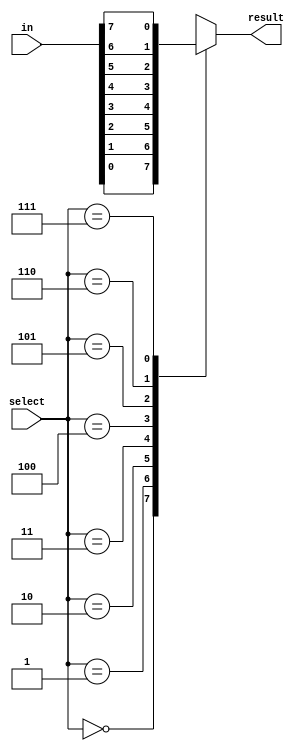
`timescale 1ns / 1ps
//////////////////////////////////////////////////////////////////////////////////
// Company: 
// Engineer: 
// 
// Design Name: 
// Module Name: 8to1mux
// Project Name: 
// Target Devices: 
// Tool Versions: 
// Description: 
// 
// Dependencies: 
// 
// Revision:
// Revision 0.01 - File Created
// Additional Comments:
// 
//////////////////////////////////////////////////////////////////////////////////


module eighttoonemux(
    output reg result,
    input [7:0] in,
    input [2:0] select
    );
    
    always@(in or select)
        case(select)
        0: result = in[0];
        1: result = in[1];
        2: result = in[2];
        3: result = in[3];
        4: result = in[4];
        5: result = in[5];
        6: result = in[6];
        7: result = in[7];
        endcase
endmodule